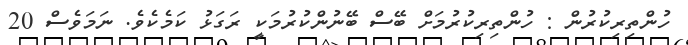
ހުންތިރިކުރުން : ހުންތިރިކުރުމަށް ބޭސް ބޭނުންކުރުމަކީ ރަގަޅު ކަމެކެވެ. ނަމަވެސް 20